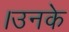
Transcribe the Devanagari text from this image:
।उनके